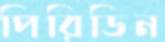
পিরিডিন